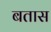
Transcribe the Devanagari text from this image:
बतास